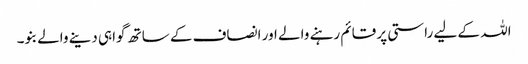
اللہ کے لیے راستی پر قائم رہنے والے اور انصاف کے ساتھ گواہی دینے والے بنو۔